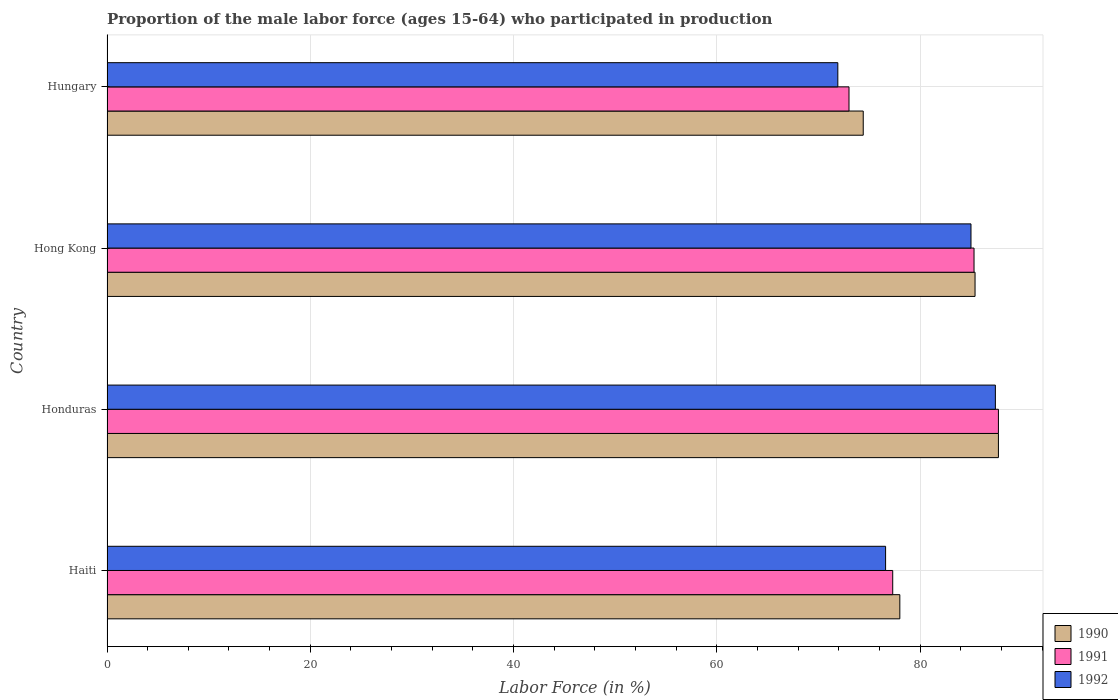
| Country | 1990 | 1991 | 1992 |
 | --- | --- | --- | --- |
 | Haiti | 78 | 77.3 | 76.6 |
 | Honduras | 87.7 | 87.7 | 87.4 |
 | Hong Kong | 85.4 | 85.3 | 85 |
 | Hungary | 74.4 | 73 | 71.9 |